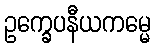
ဥက္ခေပနီယကမ္မေ